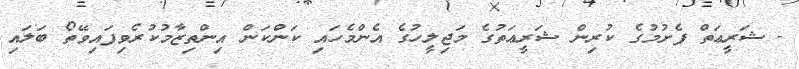
- ޝަރީޢަތް ފެށުމުގެ ކުރިން ޝަރީޢަތުގެ މަޖިލީހުގެ އެންމެހައި ކަންކަން އިންތިޒާމުކުރެވިފައިވޭތޯ ބަލައި